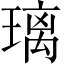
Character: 璃